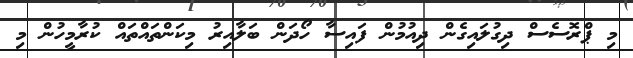
މި ޕްރޮސެސް ދިގުލައިގެން ދިއުމުން ފައިސާ ހޯދަން ބަލާއިރު މިކަންތައްތައް ކުރާމީހުން މި